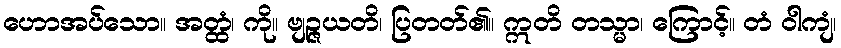
ဟောအပ်သော။ အတ္ထံ၊ ကို။ ဗျဉ္ဇယတိ၊ ပြတတ်၏။ ဣတိ တသ္မာ၊ ကြောင့်။ တံ ဝါကျံ၊